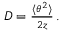
\begin{array} { r } { D = { \frac { \langle \theta ^ { 2 } \rangle } { 2 z } } \, . } \end{array}